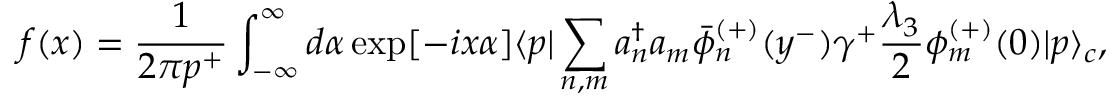
f ( x ) = \frac { 1 } { 2 \pi p ^ { + } } \int _ { - \infty } ^ { \infty } d \alpha \exp [ - i x \alpha ] \langle p | \sum _ { n , m } a _ { n } ^ { \dagger } a _ { m } \bar { \phi } _ { n } ^ { ( + ) } ( y ^ { - } ) \gamma ^ { + } \frac { \lambda _ { 3 } } { 2 } \phi _ { m } ^ { ( + ) } ( 0 ) | p \rangle _ { c } ,